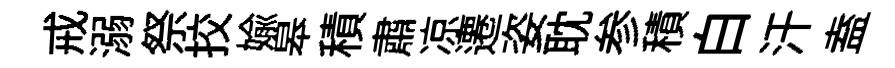
戒溺祭挍媮皋積肅凉遷姿耽参積白汗盍一